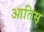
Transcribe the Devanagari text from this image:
आतिस़